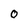
Character: O